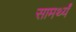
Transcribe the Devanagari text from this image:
सामर्थ्यं